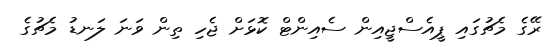
ރޭގެ މެޗުގައި ޕީއެސްޖީއިން ސެއިންޓް ކޮޅަށް ޖެހި ތިން ވަނަ ލަނޑު މެޗުގެ